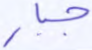
جبار